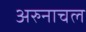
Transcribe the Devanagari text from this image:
अरुनाचल